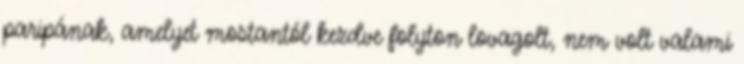
paripának, amelyet mostantól kezdve folyton lovagolt, nem volt valami